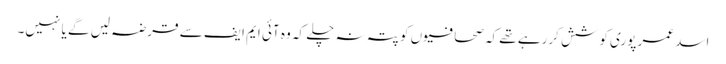
اسد عمر پوری کوشش کررہے تھے کہ صحافیوں کو پتہ نہ چلے کہ وہ آئی ایم ایف سے قرضہ لیں گے یا نہیں۔